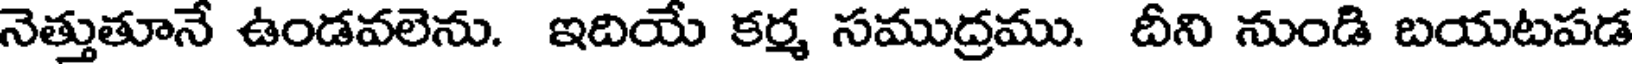
నెత్తుతూనే ఉండవలెను. ఇదియే కర్మ సముద్రము. దీని నుండి బయటపడ